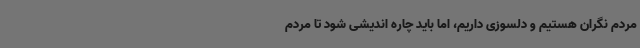
مردم نگران هستیم و دلسوزی داریم، اما باید چاره اندیشی شود تا مردم